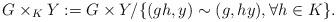
LaTeX: \begin{align*}G\times_K Y:= G\times Y/\{(gh, y)\sim(g, hy), \forall h\in K\}.\end{align*}